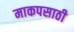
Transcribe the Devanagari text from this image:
माकपसाठी